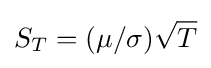
S_{T}=(\mu /\sigma ){\sqrt {T}}